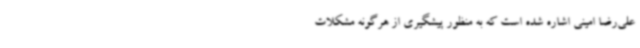
علی‌رضا امینی اشاره شده است که به منظور پیشگیری از هرگونه مشکلات